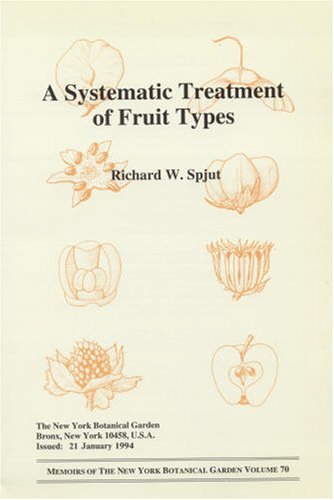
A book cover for A Systematic Treatment of Fruit Types (Memoirs of the New York Botanical Garden Vol. 70); Richard W. Spjut; Science & Math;